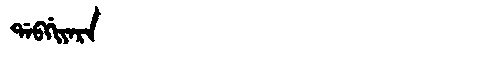
Manchu: ᡩᠠᠪᡤᡳᠶᠠᡵᠠ
Romanization: DABGIYARA